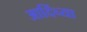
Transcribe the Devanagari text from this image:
आदिंच्या